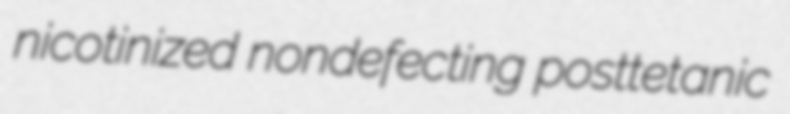
nicotinized nondefecting posttetanic